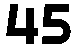
45